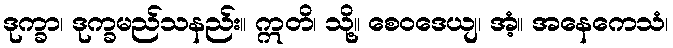
ဒုက္ခာ၊ ဒုက္ခမည်သနည်း။ ဣတိ၊ သို့။ စေဝဒေယျ၊ အံ့။ အနေကေသံ၊